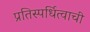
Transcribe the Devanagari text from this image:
प्रतिस्पर्धित्वाची